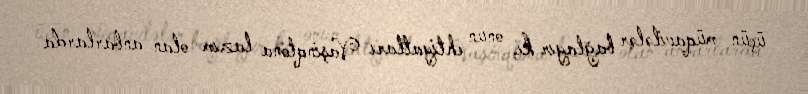
üçün müqavilələr bağlayır ki, onun ehtiyatları Vaşinqtona lazım olan anbarlarda